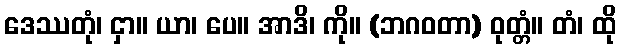
ဒေဿတုံ၊ ငှာ။ ယာ၊ ပေ။ အာဒိ၊ ကို။ (ဘဂဝတာ) ဝုတ္တံ။ တံ၊ ထို